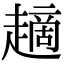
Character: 𧽦